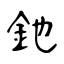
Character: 釶